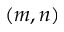
( m , n )